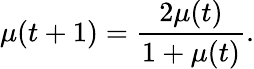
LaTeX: \mu(t+1)=\frac{2\mu(t)}{1+\mu(t)}.